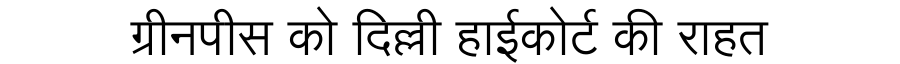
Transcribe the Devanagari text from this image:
ग्रीनपीस को दिल्ली हाईकोर्ट की राहत